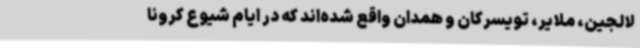
لالجین، ملایر، تویسرکان و همدان واقع شده‌اند که در ایام شیوع کرونا